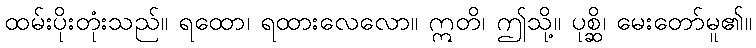
ထမ်းပိုးတုံးသည်။ ရထော၊ ရထားလေလော။ ဣတိ၊ ဤသို့။ ပုစ္ဆိ၊ မေးတော်မူ၏။